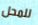
للمحل